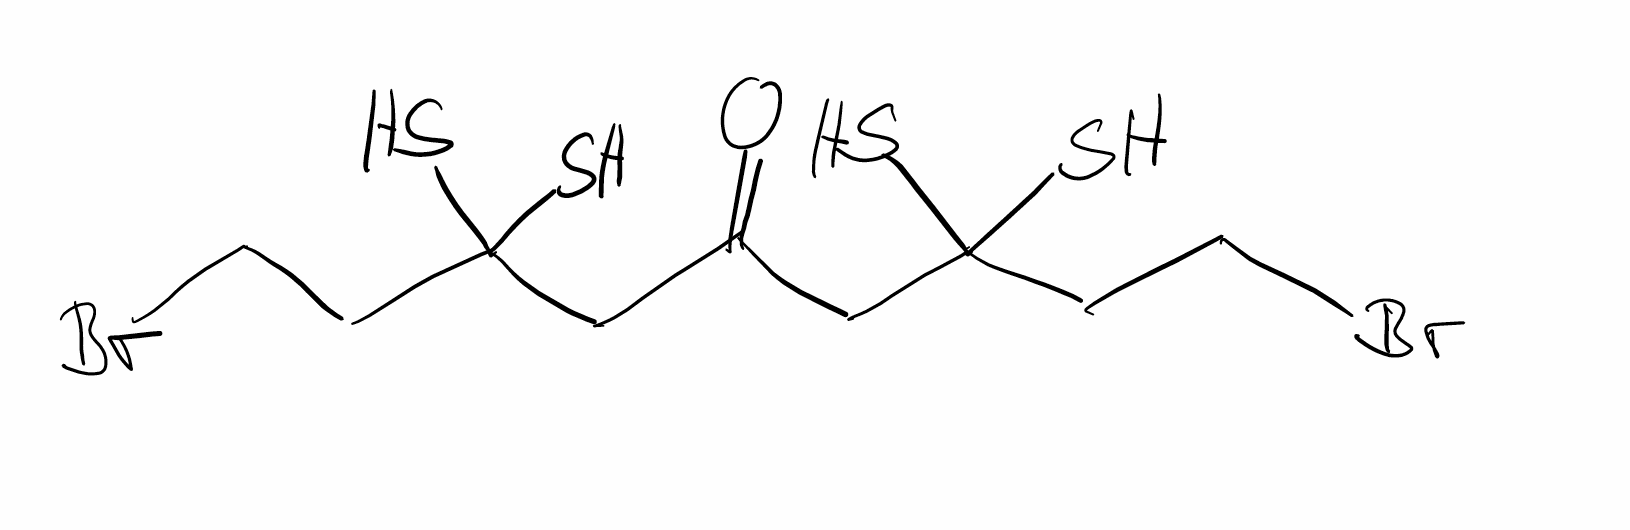
Simplified molecular-input line-entry system (SMILES) notation of the given molecule:
C(CBr)C(CC(=O)CC(CCBr)(S)S)(S)S